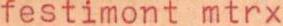
festimont mtrx